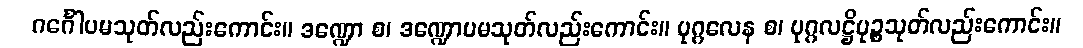
ဂင်္ဂေါပမသုတ်လည်းကောင်း။ ဒဏ္ဍော စ၊ ဒဏ္ဍောပမသုတ်လည်းကောင်း။ ပုဂ္ဂလေန စ၊ ပုဂ္ဂလဋ္ဌိပုဉ္စသုတ်လည်းကောင်း။